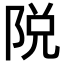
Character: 𨹪